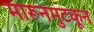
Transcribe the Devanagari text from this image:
मारूनमुटकून